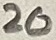
Text: 20